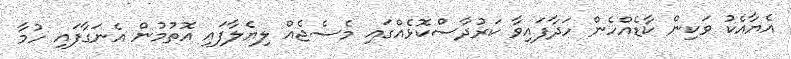
އެޔާއެކު ވަކިން ކާޑެއްހެން ހަދާފައިވާ ކަރުދާސްކޮޅެއްގައި މެސެޖެއް ލިޔެލާފައި އޮތުމުން އެނަގާފައި ހުމާ